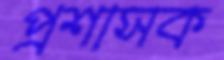
প্রশাসক